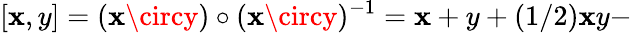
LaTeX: [\mathbf{x},y]=(\mathbf{x}\circy)\circ(\mathbf{x}\circy)^{-1}=\mathbf{x}+y+(1/2)\mathbf{x}y-